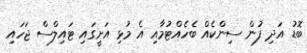
ބޮޑު އަދި ފުން ސިންކެއް ބެހެއްޓުމާއި އެ މުޅި އަށީގައި ޓައިލްސް ޖަހައި